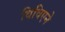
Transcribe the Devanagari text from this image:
विविएने